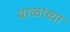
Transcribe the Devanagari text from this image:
बाळांच्या